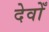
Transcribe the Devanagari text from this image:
देवोँ